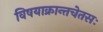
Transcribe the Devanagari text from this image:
विषयाक्रान्तचेतसः